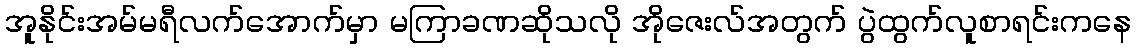
အူနိုင်းအမ်မရီလက်အောက်မှာ မကြာခဏဆိုသလို အိုဇေးလ်အတွက် ပွဲထွက်လူစာရင်းကနေ